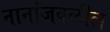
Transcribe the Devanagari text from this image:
नानांजवळील